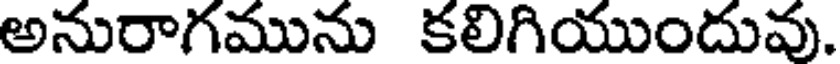
అనురాగమును కలిగియుందువు.